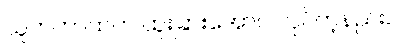
သူတကာထက် ထူးခြားအောင် လုပ်တဲ့နည်း။